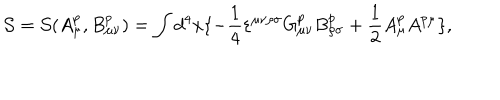
LaTeX: { \cal S } = { \cal S } ( A _ { \mu } ^ { p } , B _ { \mu \nu } ^ { p } ) = \int { d ^ { 4 } } x \{ - \frac { 1 } { 4 } { \varepsilon } ^ { \mu \nu \rho \sigma } G _ { \mu \nu } ^ { p } B _ { \rho \sigma } ^ { p } + \frac { 1 } { 2 } A _ { \mu } ^ { p } A ^ { p \mu } \} ,